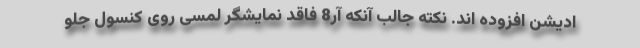
ادیشن افزوده اند. نکته جالب آنکه آر8 فاقد نمایشگر لمسی روی کنسول جلو